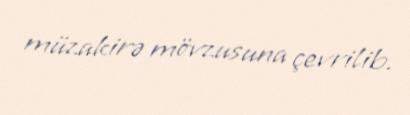
müzakirə mövzusuna çevrilib.